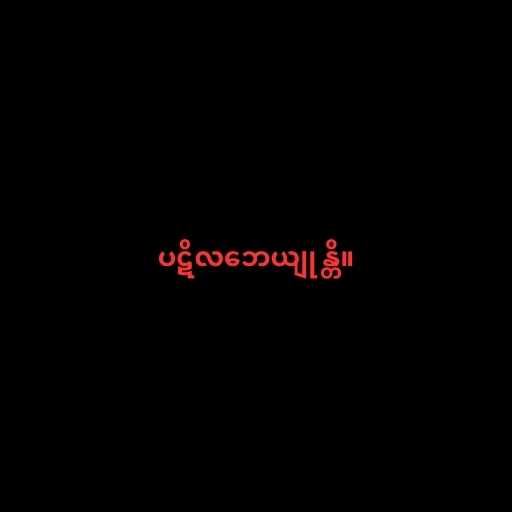
ပဋိလဘေယျုန္တိ။